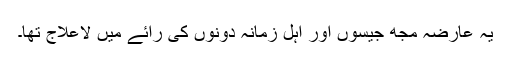
یہ عارضہ مجھ جیسوں اور اہل زمانہ دونوں کی رائے میں لاعلاج تھا۔